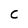
Character: C